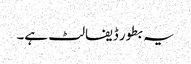
یہ بطور ڈیفالٹ ہے۔